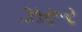
ઝરૂર